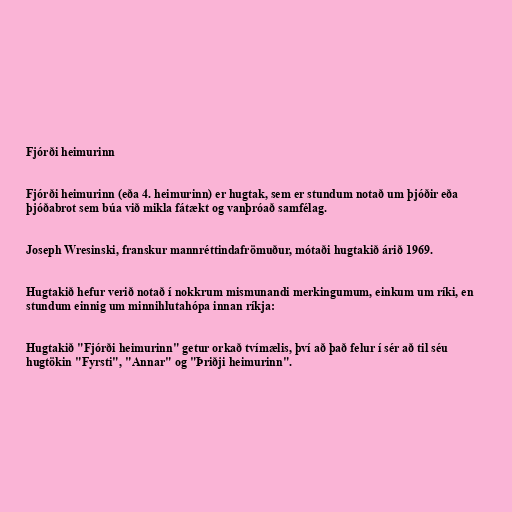
Fjórði heimurinn

Fjórði heimurinn (eða 4. heimurinn) er hugtak, sem er stundum notað um þjóðir eða
þjóðabrot sem búa við mikla fátækt og vanþróað samfélag.

Joseph Wresinski, franskur mannréttindafrömuður, mótaði hugtakið árið 1969.

Hugtakið hefur verið notað í nokkrum mismunandi merkingumum, einkum um ríki, en
stundum einnig um minnihlutahópa innan ríkja:

Hugtakið "Fjórði heimurinn" getur orkað tvímælis, því að það felur í sér að til séu
hugtökin "Fyrsti", "Annar" og "Þriðji heimurinn".